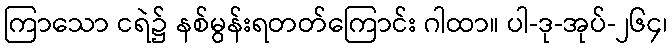
ကြာသော ငရဲ၌ နစ်မွန်းရတတ်ကြောင်း ဂါထာ။ ပါ-ဒု-အုပ်-၂၆၄၊